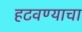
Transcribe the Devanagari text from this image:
हटवण्याचा